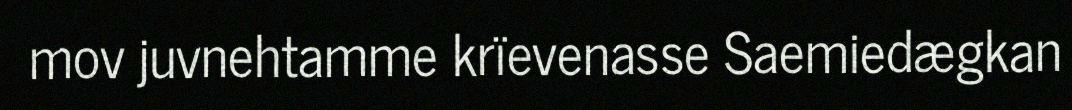
mov juvnehtamme krïevenasse Saemiedægkan